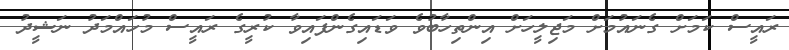
ރައީސް ކަމަށް ގެނައުމަށް މަޖިލީހަށް އިންތިހާބުވެ ވަޑައިގެންފައިވާ ކުރީގެ ރައީސް މުހައްމަދު ނަޝީދު